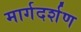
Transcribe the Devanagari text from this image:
मार्गदर्शण